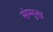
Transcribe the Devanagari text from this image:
संम्मुख